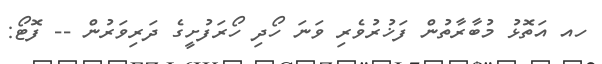
ހއ އަތޮޅު މުބާރާތުން ފަޚުރުވެރި ވަނަ ހޯދި ހޯރަފުށީގެ ދަރިވަރުން -- ފޮޓޯ: